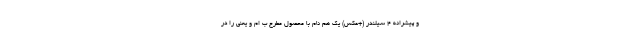
و پیشرانه 4 سیلندر (+عکس) یک هم نام با محصول مطرح ب ام و یعنی را در